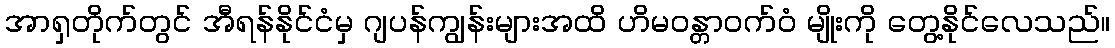
အာရှတိုက်တွင် အီရန်နိုင်ငံမှ ဂျပန်ကျွန်းများအထိ ဟိမဝန္တာဝက်ဝံ မျိုးကို တွေ့နိုင်လေသည်။